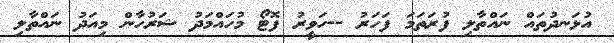
އުޅަނދުތައް ނައްތާލި ފުރަތަމަ ފަހަރު --ހަވީރު ފޮޓޯ މުހައްމަދު ޝަރުހާން މިއަދު ނައްތާލި